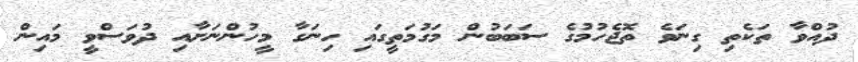
ދުއްވާ ތަކެތި ގިނަވެ ތޮޖެހުމުގެ ސަބަބުން މަގުމަތީގައި ހިނަގާ މީހުންނަށާއި ދުވަސްވީ މައިން